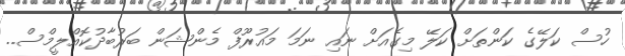
ހުސް ކަލޭގެ ކަންތަށް ކަލޭ މިގެއަށް ނައި ނަމަ މައުރޫފް މެންޝަން ބަރުބާދުކޮއްލީމްސް..